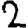
Digit: 2